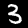
Digit: 3